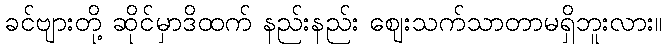
ခင်ဗျားတို့ ဆိုင်မှာဒိထက် နည်းနည်း ဈေးသက်သာတာမရှိဘူးလား။